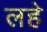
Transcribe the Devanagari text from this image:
लहे